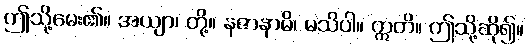
ဤသို့မေး၏။ အယျာ၊ တို့။ နဇာနာမိ၊ မသိပါ။ ဣတိ။ ဤသို့ဆို၍။